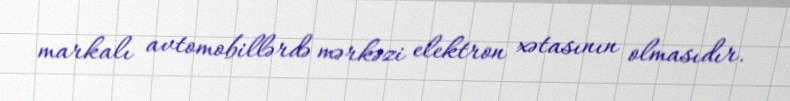
markalı avtomobillərdə mərkəzi elektron xətasının olmasıdır.